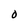
Character: 0